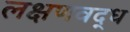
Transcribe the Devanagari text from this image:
लक्षणवद्ध